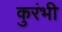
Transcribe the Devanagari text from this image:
कुरंभी